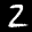
Label: 2